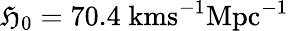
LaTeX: \mathfrak{H}_{0}=70.4\; \mathrm{{kms^{-1}Mpc^{-1}}}